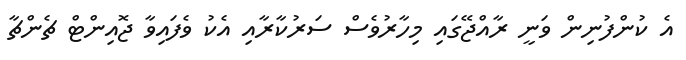
އެ ކުންފުނިން ވަނީ ރާއްޖޭގައި މިހާރުވެސް ސަރުކާރާއި އެކު ވެފައިވާ ޖޮއިންޓް ޗެންޗާ